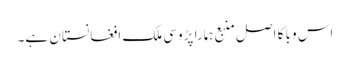
اس وبا کا اصل منبع ہمارا پڑوسی ملک افغانستا ن ہے۔